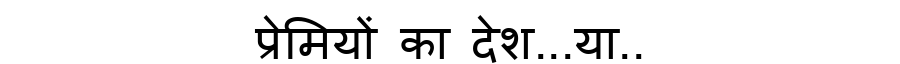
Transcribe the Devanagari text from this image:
प्रेमियों का देश...या..